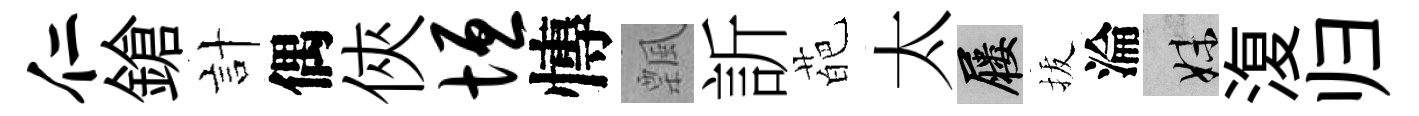
仁鎗計偶俠垣慱飄訢葩太屨拔淪妹𣸪归